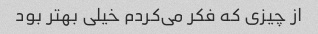
از چیزی که فکر می‌کردم خیلی بهتر بود